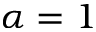
\alpha = 1